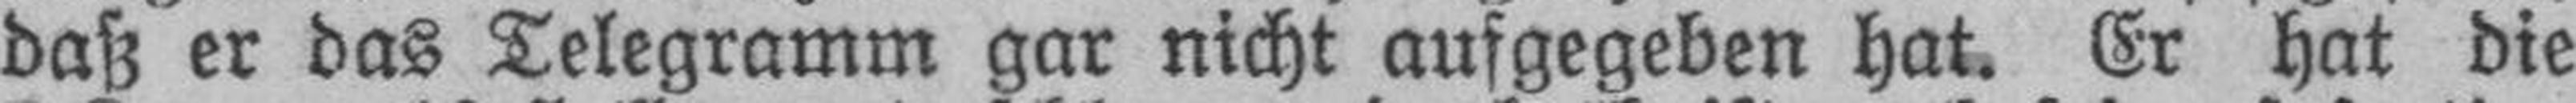
daß er das Telegramm gar nicht aufgegeben hat. Er hat die